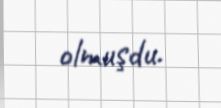
olmuşdu.